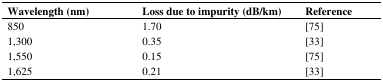
<table><thead><tr><td><b>Wavelength (nm)</b></td><td><b>Loss due to impurity (dB/km)</b></td><td><b>Reference</b></td></tr></thead><tbody><tr><td>850</td><td>1.70</td><td>[75]</td></tr><tr><td>1,300</td><td>0.35</td><td>[33]</td></tr><tr><td>1,550</td><td>0.15</td><td>[75]</td></tr><tr><td>1,625</td><td>0.21</td><td>[33]</td></tr></tbody></table>